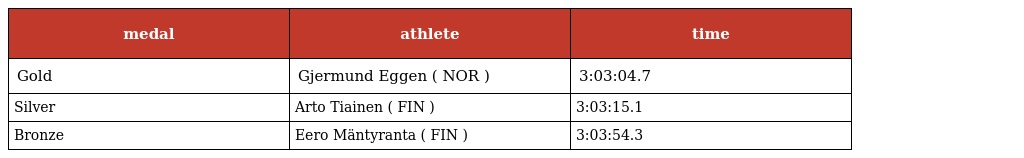
| medal | athlete | time |
 | --- | --- | --- |
 | Gold | Gjermund Eggen ( NOR ) | 3:03:04.7 |
 | Silver | Arto Tiainen ( FIN ) | 3:03:15.1 |
 | Bronze | Eero Mäntyranta ( FIN ) | 3:03:54.3 |